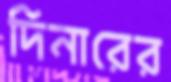
দিনারের